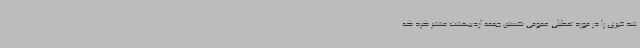
شد خبری را در مورد تعطیلی عمومی نخستین جمعه اردیبهشت منتشر کرد که